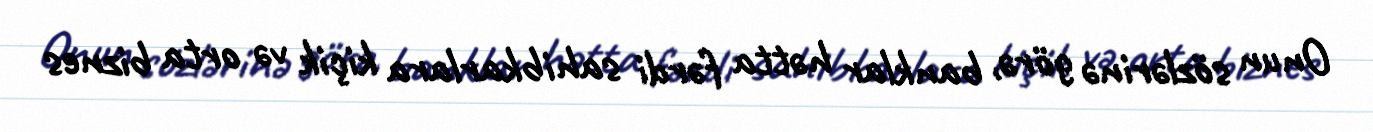
Onun sözlərinə görə, banklar hətta fərdi sahibkarlara kiçik və orta biznes